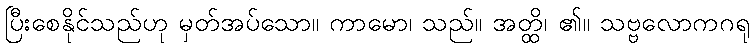
ပြီးစေနိုင်သည်ဟု မှတ်အပ်သော။ ကာမော၊ သည်။ အတ္ထိ၊ ၏။ သဗ္ဗလောကဂရု